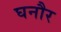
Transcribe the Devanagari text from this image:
घनौर